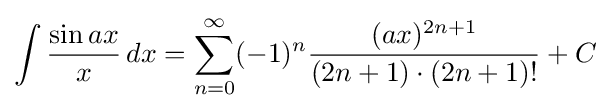
\int {\frac {\sin ax}{x}}\,dx=\sum _{n=0}^{\infty }(-1)^{n}{\frac {(ax)^{2n+1}}{(2n+1)\cdot (2n+1)!}}+C